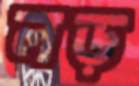
লড়